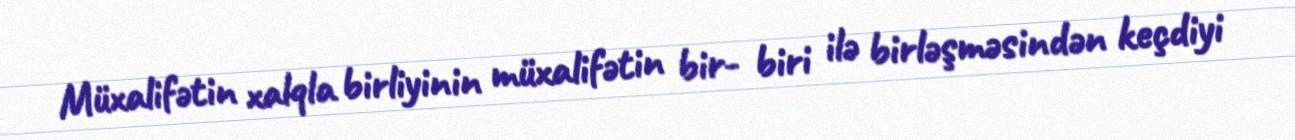
Müxalifətin xalqla birliyinin müxalifətin bir- biri ilə birləşməsindən keçdiyi